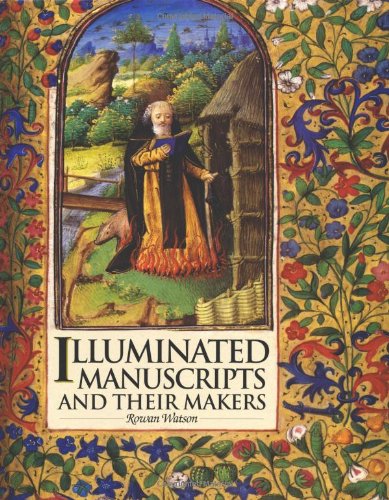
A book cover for Illuminated Manuscripts and Their Makers; Rowan Watson; Arts & Photography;